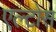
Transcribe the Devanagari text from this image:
एल्टोस